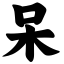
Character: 呆